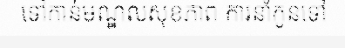
ទៅកាន់មណ្ឌលសុខភាព ការនាំកូនទៅ